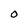
Character: O